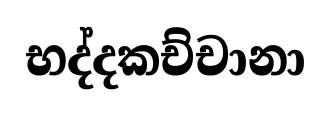
භද්දකච්චානා